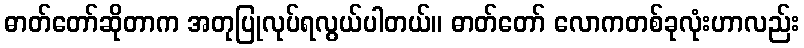
ဓာတ်တော်ဆိုတာက အတုပြုလုပ်ရလွယ်ပါတယ်။ ဓာတ်တော် လောကတစ်ခုလုံးဟာလည်း